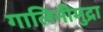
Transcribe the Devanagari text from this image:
गालिनीमुद्रा